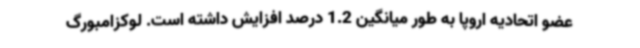
عضو اتحادیه اروپا به طور میانگین 1.2 درصد افزایش داشته است. لوکزامبورگ